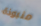
منبوذة